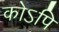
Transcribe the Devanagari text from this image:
कोऽपि